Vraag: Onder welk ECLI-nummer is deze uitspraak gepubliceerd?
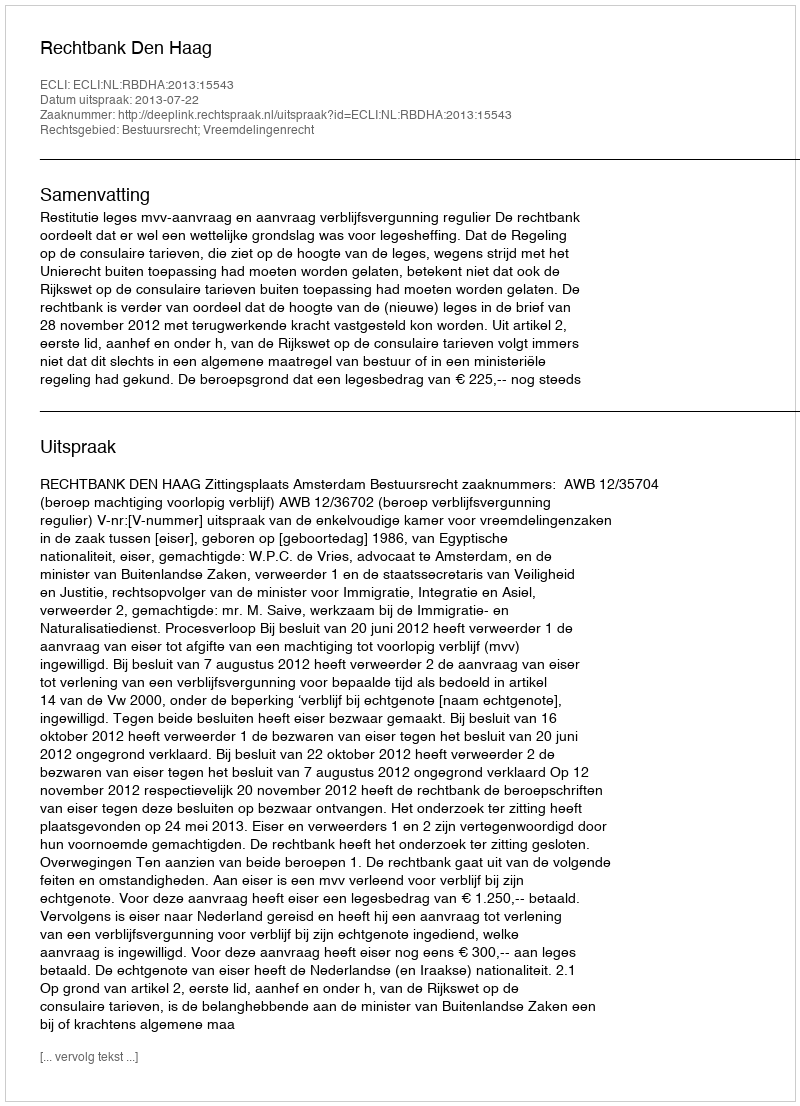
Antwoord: ECLI:NL:RBDHA:2013:15543